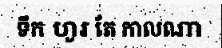
ទឹក ហូរ តែ កាលណា